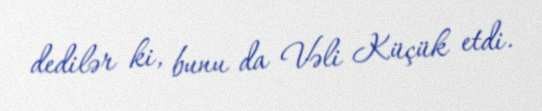
dedilər ki, bunu da Vəli Küçük etdi.